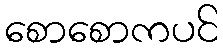
စောစောကပင်